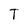
Character: T